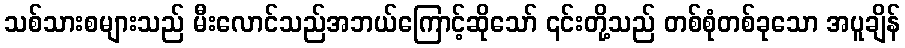
သစ်သားစများသည် မီးလောင်သည်အဘယ်ကြောင့်ဆိုသော် ၎င်းတို့သည် တစ်စုံတစ်ခုသော အပူချိန်